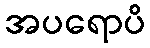
အပရောပိ